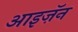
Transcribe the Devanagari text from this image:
आइज़ॅन